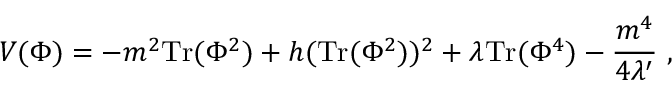
V ( \Phi ) = - m ^ { 2 } \mathrm { T r } ( \Phi ^ { 2 } ) + h ( \mathrm { T r } ( \Phi ^ { 2 } ) ) ^ { 2 } + \lambda \mathrm { T r } ( \Phi ^ { 4 } ) - { \frac { m ^ { 4 } } { 4 \lambda ^ { \prime } } } \ ,